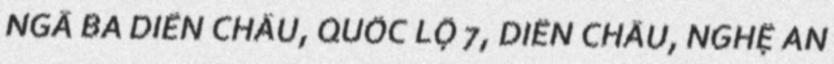
NGÃ BA DIỄN CHÂU, QUỐC LỘ 7, DIỄN CHÂU, NGHỆ AN